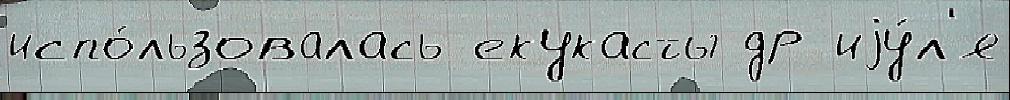
испо́льзовалась екукасты др иjу́л'я